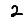
Digit: 2